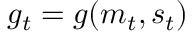
g _ { t } = g ( m _ { t } , s _ { t } )